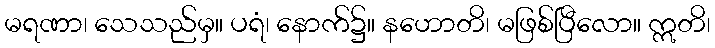
မရဏာ၊ သေသည်မှ။ ပရံ၊ နောက်၌။ နဟောတိ၊ မဖြစ်ပြီလော။ ဣတိ၊